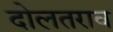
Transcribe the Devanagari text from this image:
दोलतराव